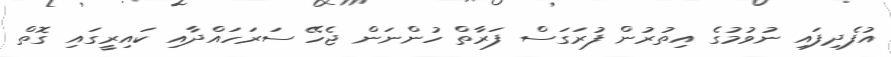
އުފެދިފައި ނުވުމުގެ އިތުރުން ފުރަގަސް ފަރާތް ހުންނަން ޖެހޭ ސަރަހައްދާއި ކައިރީގައި ގޮތް